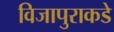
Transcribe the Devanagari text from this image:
विजापुराकडे